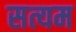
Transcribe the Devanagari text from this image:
सत्यम